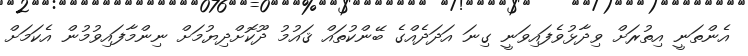
އެންތަނީ އިތުރަށް ވިދާޅުވެފައިވަނީ ގިނަ އަދަދެއްގެ ބޭންކުތައް ޤައުމު ދޫކޮށްދިޔުމަށް ނިންމާފައިވުމުން އެކަމަށް